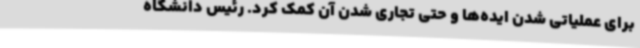
برای عملیاتی شدن ایده‌ها و حتی تجاری شدن آن کمک کرد. رئیس دانشگاه